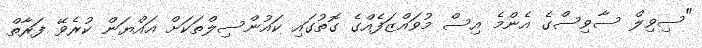
"ސިވިލް ސާވިސްގެ އެންމެ އިސް މުވައްޒަފެއްގެ ގޮތުގައި ކައުންސިލްތަކަަށް އައްޔަން ކުރެވޭ ފަރާތް